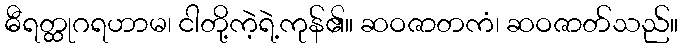
ဓီရတ္ထုဂရဟာမ၊ ငါတို့ကဲ့ရဲ့ကုန်၏။ ဆဝဇာတကံ၊ ဆဝဇာတ်သည်။